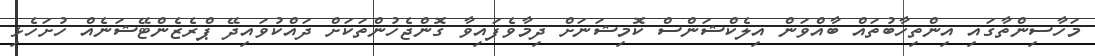
މަހާސިންތާގައި އިންތިހާބުތައް ބާއްވަން އިލެކްޝަންސް ކޮމިޝަނަށް ދިމާވެފައިވާ ގޮންޖެހުންތަކަށް ދައްކުވައިދޭ ޕްރެޒެންޓޭޝަނެއް ހުށަހެޅި